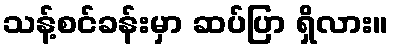
သန့်စင်ခန်းမှာ ဆပ်ပြာ ရှိလား။